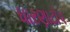
ધારણાટોપ